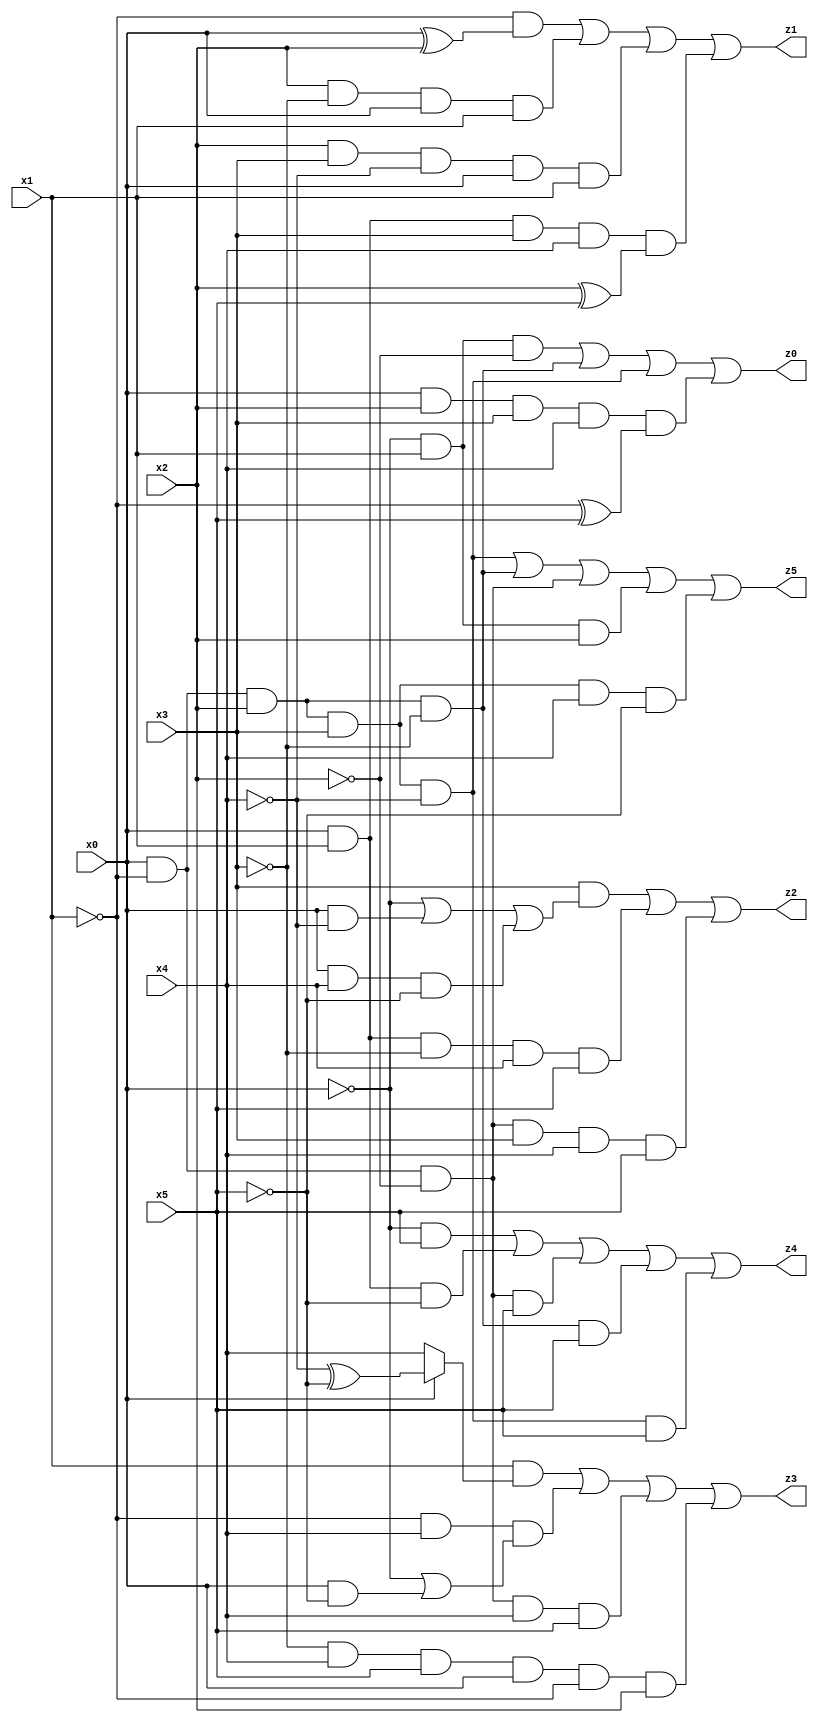
// Benchmark "X_5" written by ABC on Thu Jun 29 03:14:13 2023

module X_74 ( 
    x0, x1, x2, x3, x4, x5,
    z0, z1, z2, z3, z4, z5  );
  input  x0, x1, x2, x3, x4, x5;
  output z0, z1, z2, z3, z4, z5;
  assign z0 = (~x0 & x1 & ~x2) | (x0 & ~x1 & x2 & ~x3) | (x0 & ~x1 & x2 & x3 & ~x4) | (x0 & x2 & x3 & x4 & (~x1 ^ x5));
  assign z1 = (~x1 & (x0 ^ x2)) | (x2 & ~x3 & x0 & x1) | (x2 & x3 & ~x4 & x0 & x1) | (x0 & x1 & x3 & x4 & (x2 ^ x5));
  assign z2 = (x3 & (~x0 | (x0 & ~x4) | (x0 & x4 & ~x5))) | (x0 & x1 & ~x3 & x4 & x5) | (x0 & ~x1 & ~x2 & x3 & x4 & x5);
  assign z3 = (x1 & (x0 ? (~x4 ^ ~x5) : x4)) | (~x1 & x4 & (~x0 | (x0 & ~x5))) | (x0 & ~x1 & ~x2 & x4 & x5) | (~x3 & x4 & x5 & x0 & ~x1 & x2);
  assign z4 = (~x0 & x5) | (x0 & x1 & ~x5) | (x0 & ~x1 & ~x2 & x5) | (x0 & ~x1 & x2 & ~x3 & x5) | (x0 & ~x1 & x2 & x3 & ~x4 & x5);
  assign z5 = (x0 & ~x1 & x2 & x3 & ~x4) | (x0 & ~x1 & x2 & ~x3) | (x0 & ~x1 & ~x2) | (~x0 & x1 & x2) | (x0 & ~x1 & x2 & x3 & x4 & ~x5);
endmodule